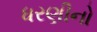
ધરણીનો